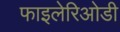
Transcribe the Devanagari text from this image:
फाइलेरिओडी